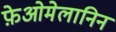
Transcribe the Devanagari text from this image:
फ़ेओमेलानिन